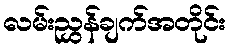
လမ်းညွှန်ချက်အတိုင်း